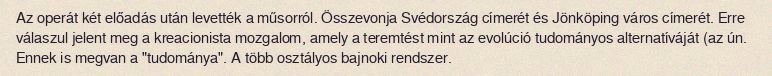
Az operát két előadás után levették a műsorról. Összevonja Svédország címerét és Jönköping város címerét. Erre válaszul jelent meg a kreacionista mozgalom, amely a teremtést mint az evolúció tudományos alternatíváját (az ún. Ennek is megvan a "tudománya". A több osztályos bajnoki rendszer.